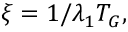
\xi = 1 / \lambda _ { 1 } T _ { G } ,